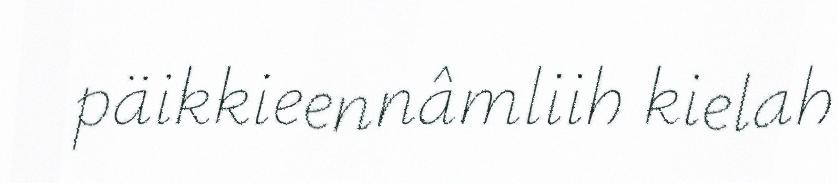
päikkieennâmliih kielah